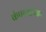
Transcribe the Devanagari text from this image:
कंपन्यांपेक्षा